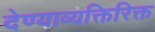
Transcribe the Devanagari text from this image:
देण्याव्यक्तिरिक्त